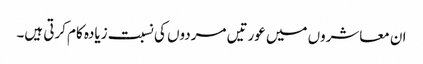
ان معاشروں میں عورتیں مردوں کی نسبت زیادہ کام کرتی ہیں۔